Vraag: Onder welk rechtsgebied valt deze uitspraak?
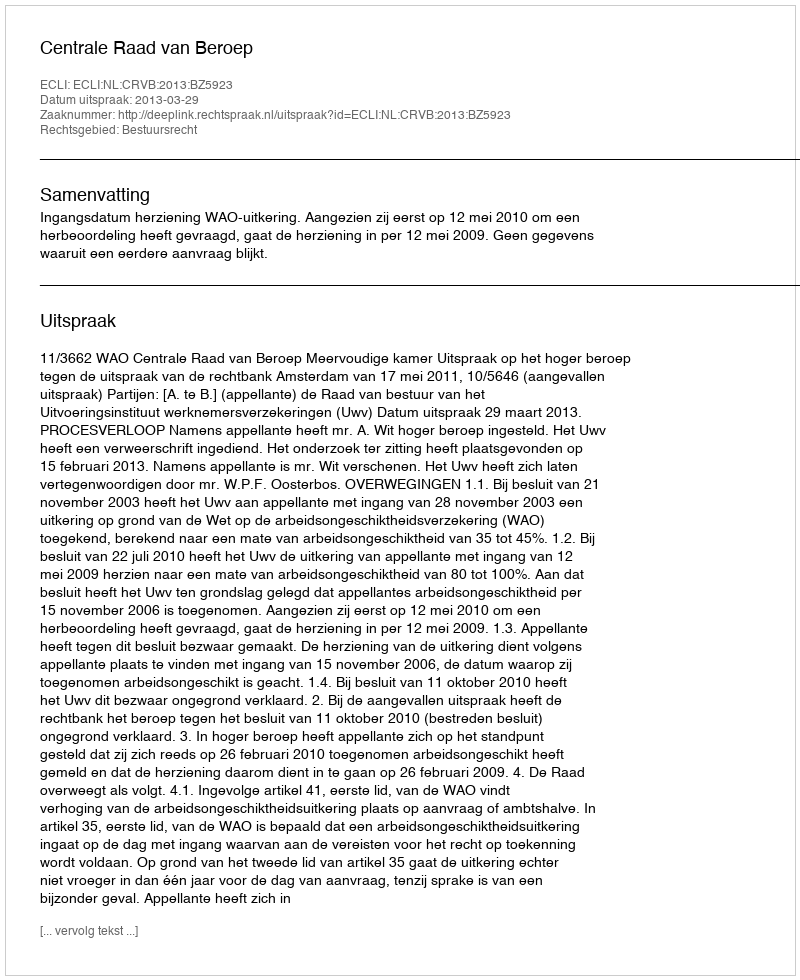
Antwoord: Bestuursrecht